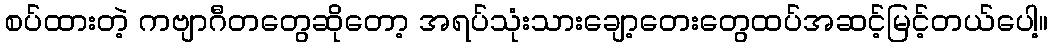
စပ်ထားတဲ့ ကဗျာဂီတတွေဆိုတော့ အရပ်သုံးသားချော့တေးတွေထပ်အဆင့်မြင့်တယ်ပေါ့။